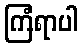
ကြံရာပါ